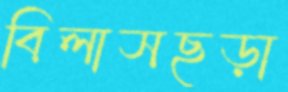
বিলাসছড়া